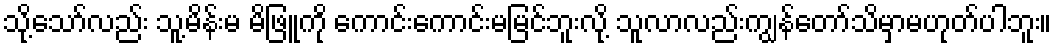
သို့သော်လည်း သူ့မိန်းမ မိဖြူကို ကောင်းကောင်းမမြင်ဘူးလို့ သူလာလည်းကျွန်တော်သိမှာမဟုတ်ပါဘူး။